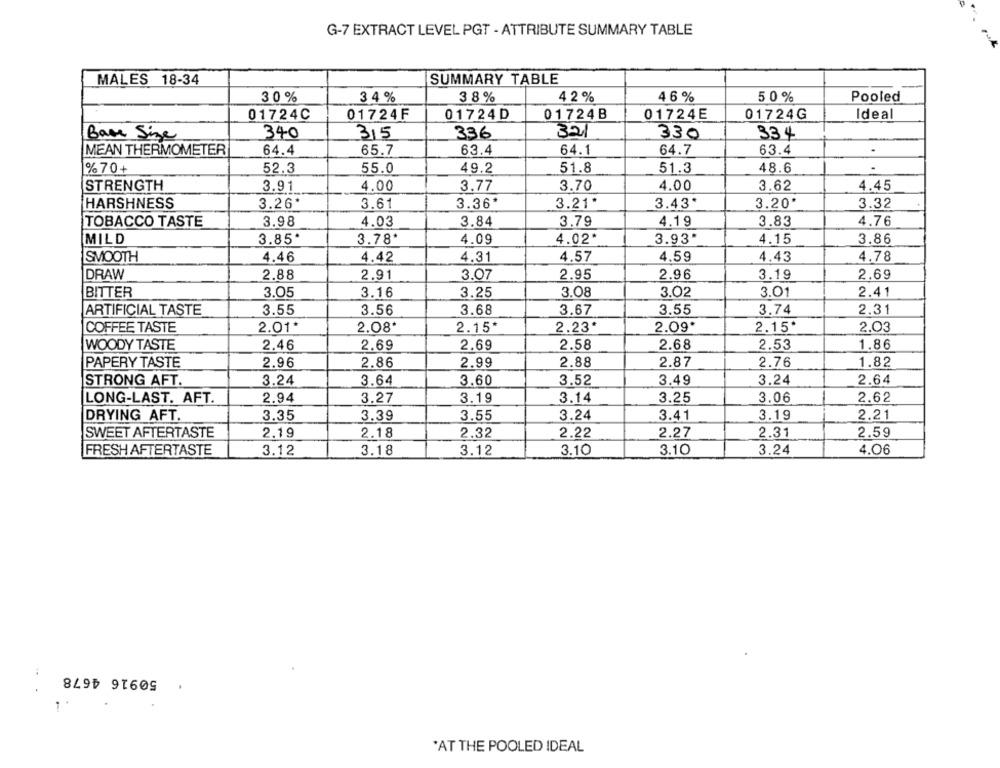
G-7 EXTRACT LEVEL PGT - ATTRIBUTE SUMMARY TABLE
MALES 18-34
SUMMARY TABLE
30%
3 4 %
3 8%
4 2 %
4 6 %
50%
Pooled
01724C
01724F
01724D
01724B
01724E
01724G
Ideal
Base Size
340
315
336
321
330
334
MEAN THERMOMETER
64.4
65.7
63.4
64.1
64.7
63.4
% 70+
52.3
55.0
49.2
51.8
51.3
48.6
3.70
4.00
STRENGTH
3.91
4.00
3.77
3.62
4.45
HARSHNESS
3.26*
3.61
3.36*
3.21*
3.43*
3.20*
3.32
TOBACCO TASTE
3.98
4.03
3.84
3.79
4,1g
3.83
4.76
3.85*
4.02*
3.93"
4.15
MILD
3.78'
4.09
3.86
SMOOTH
4.46
4.42
4.31
4.57
4.59
4.43
4.78
DRAW
2.88
2.91
3.07
2.95
2.96
3.19
2.69
BITTER
3.08
3.02
2.41
3.05
3.16
3.25
3.01
ARTIFICIAL TASTE
3.55
3.56
3.68
3.67
3.55
3.74
2.31
COFFEE TASTE
2.01*
2.08*
2.15*
2.23*
2.09*
2.15*
2.03
2.46
2.69
2.69
2.58
2.68
2.53
1.86
WOODY TASTE
PAPERY TASTE
2.96
2.86
2.99
2.88
2.87
2.76
1.82
STRONG AFT.
3.24
3.64
3.60
3.52
3.49
3.24
2.64
LONG-LAST. AFT.
2.94
3.27
3.19
3.14
3.25
3.06
2.62
3.35
3.39
3.55
3.24
3.41
3.19
2.21
DRYING AFT.
SWEET AFTERTASTE
2.19
2.18
2.32
2.22
2.27
2.31
2.59
FRESH AFTERTASTE
3.12
3.18
3.12
3.10
3.10
3.24
4.06
50916 4678
.
1
'AT THE POOLED IDEAL